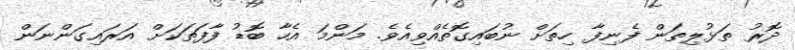
ދޮރު ތަޅުލިތަން ފެނިފާ ހިތަށް ނުބައިގޮތެއްވިއެވެ. މަންމަ އެހާ ބޮޑު ފާފަތަކަށް އަރައިގަންނަން